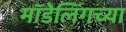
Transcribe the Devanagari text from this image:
मॉडेलिंगच्या